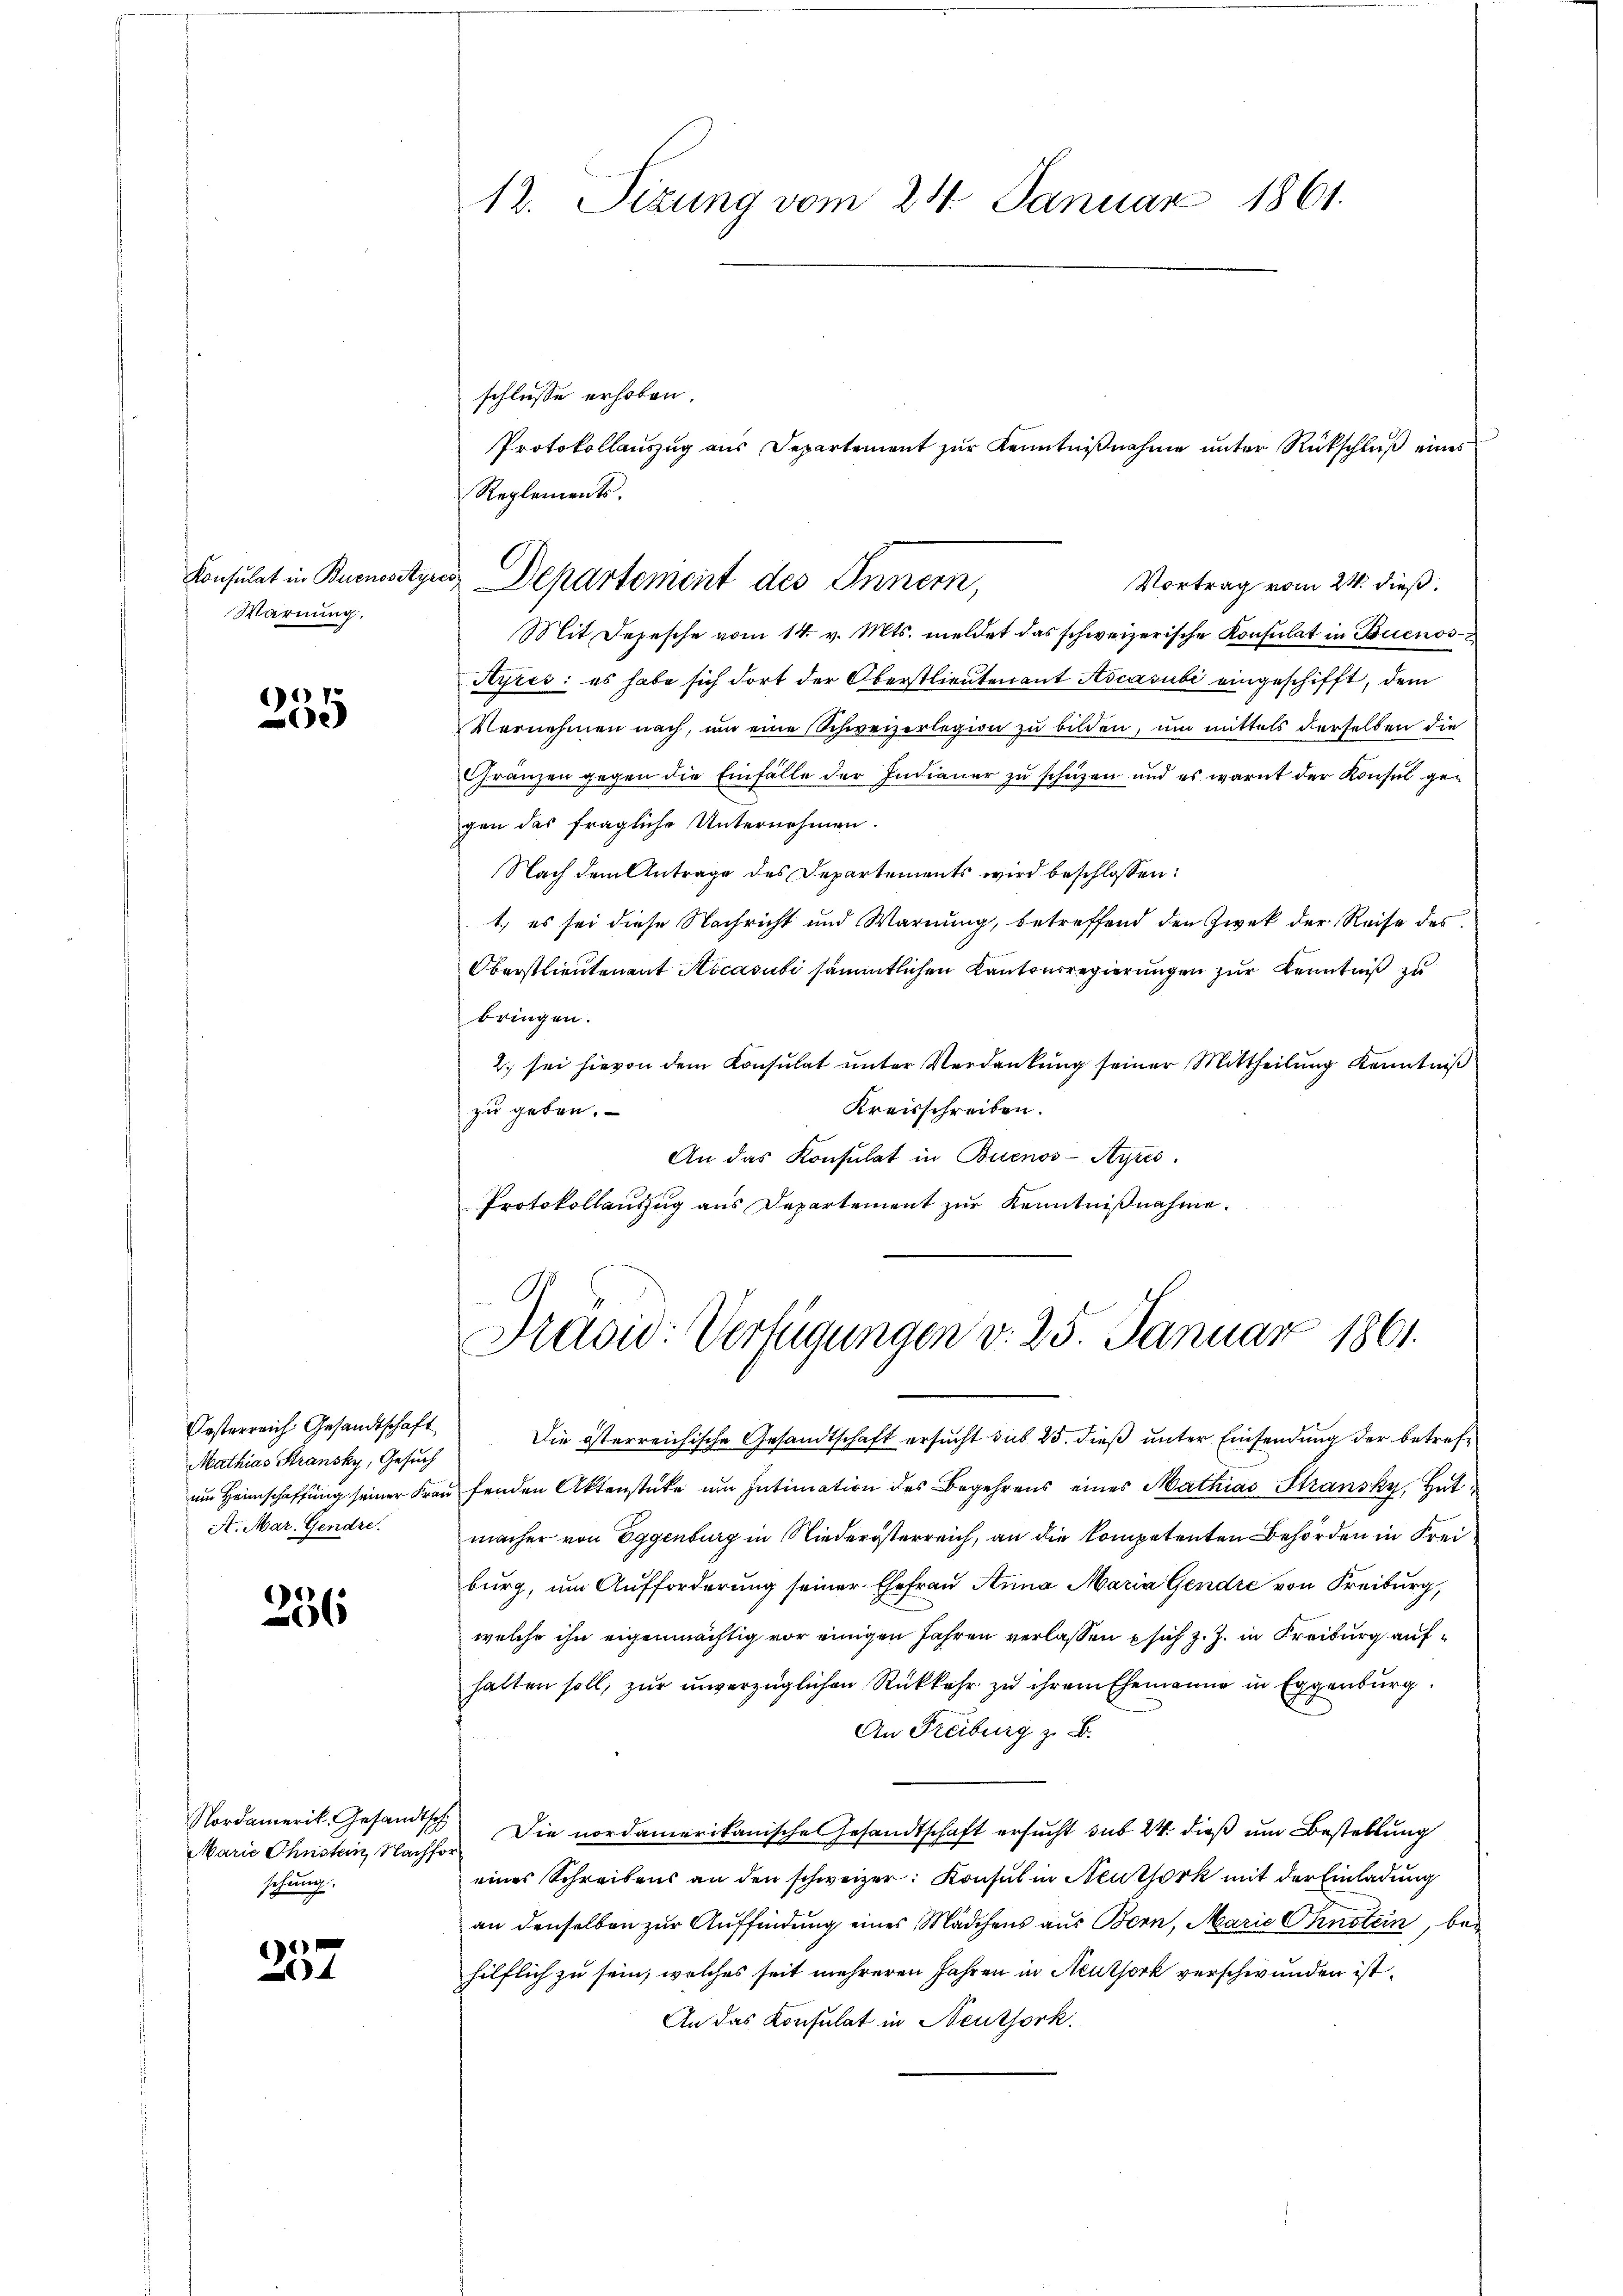
Konsulat in Buenossty
Warnung.

235

Oesterreich Gesandtschaft
Mathias Stransky, Gesuch
A. Mar. Gendre.

256

Nordamerik. Gesandtsch
MMarie Ohnsten Nachfor
schung.

6
4

12. Sizung vom 24. Januar 1861.

schlusse erhoben.
Reglements.

gees
Departement des Innern,
Mit Depesche vom 14. v. Mts. meldet das schweizerische Konsulat in Buenos

Protokollauszug aus Departement zur Kenntnißnahme unter Rückschluß eines

Vortrag vom 24. dieß.
Ayres: es habe sich dort der Oberstlieutenant Ascasubi eingeschifft, dem
Vernehmen nach, um eine Schweizerlegion zu bilden, um mittels derselben die
Gränzen gegen die Einfälle der Indianer zŭ schüzen und es warnt der Konsul ge-
gen das fragliche Unternehmen.
Nach dem Antrage des Departements wird beschlossen:
1.) es sei diese Nachricht und Warnung, betreffend den Zwek der Reise des
Oberstlieutenant Aocasubi sämmtlichen Kantonsregierungen zur Kenntniß zu
bringen.
2. sei hievon dem Konsulat unter Verdankung seiner Mittheilung Kenntniß
Kreisschreiben.
zu geben.
An das Konsulat in Buenos-Ayres.
Protokollauszug aus Departement zur Kenntnißnahme.

Kavio: Verfügungen v. 25. Januar 1861.

Die österreichische Gesandtschaft ersucht sub 25. dieß unter Einsendung der betrefum Heimschaffung seiner Frau fenden Aktenstüke um Intimation des Begehrens eines Mathias Stransky, Hutmacher von Eggenburg in Niederösterreich, an die kompetenten Behörden in Freiburg, um Aufforderung seiner Ehefrau Anna Maria Gendre von Freiburg,
welche ihn eigenmächtig vor einigen Jahren verlassen sich z. Z. in Freiburg aufhalten soll, zur unverzüglichen Rückkehr zu ihrem Ehemanne in Eggenburg.
An Freiburg z. B.
Die nordamerikanische Gesandtschaft ersucht sub 24 dieß um Bestellung
eines Schreibens an den schweizer: Konsul in Neusork mit der Einladung
an denselben zur Auffindung eines Mädchens aus Bern, Marie Ohnstein, bei
hilflich zu sein, welches seit mehreren Jahren in Neuthork verschwunden ist.
An das Konsulat in Neuthork.